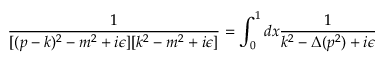
\frac { 1 } { [ ( p - k ) ^ { 2 } - m ^ { 2 } + i \epsilon ] [ k ^ { 2 } - m ^ { 2 } + i \epsilon ] } = \int _ { 0 } ^ { 1 } d x \frac { 1 } { k ^ { 2 } - \Delta ( p ^ { 2 } ) + i \epsilon }